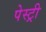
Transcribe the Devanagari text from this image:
पेस्‍ट्री